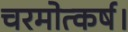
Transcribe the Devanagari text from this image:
चरमोत्कर्ष।